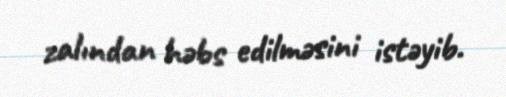
zalından həbs edilməsini istəyib.